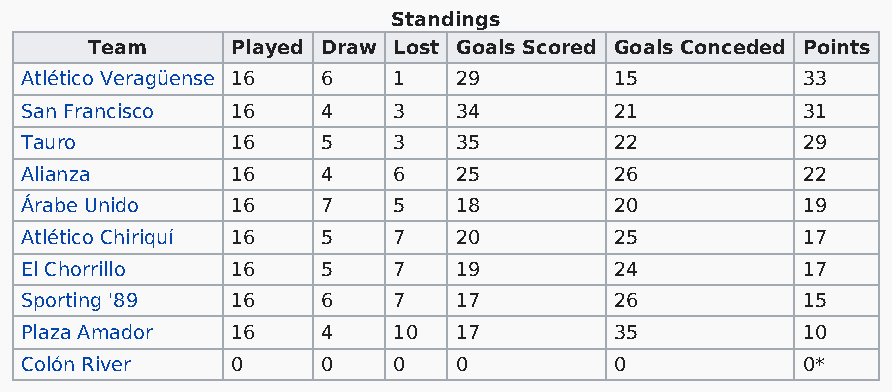
Standings
 Team     Played Draw Lost Goals Scored Goals Conceded Points
 Atlético Veragüense 16 6 1   29         15          33
 San Francisco 16    4    3   34         21          31
 Tauro         16    5    3   35         22          29
 Alianza       16    4    6   25         26          22
 Árabe Unido   16    7    5   18         20          19
 Atlético Chiriquí 16 5   7   20         25          17
 El Chorrillo  16    5    7   19         24          17
 Sporting '89  16    6    7   17         26          15
 Plaza Amador  16    4    10  17         35          10
 Colón River   0     0    0   0          0           0*